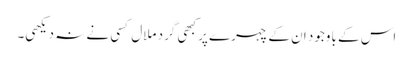
اس کے باوجود ان کے چہرے پر کبھی گرد ملال کسی نے نہ دیکھی۔